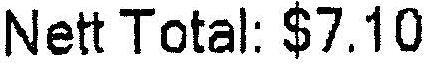
NETT TOTAL: $7.10